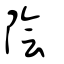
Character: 陰